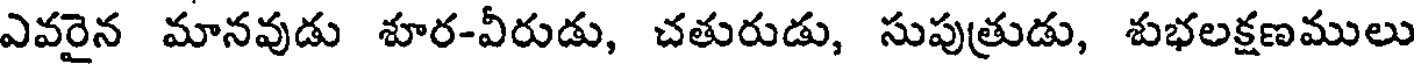
ఎవరైన మానవుడు శూర-వీరుడు, చతురుడు, సుపుత్రుడు, శుభలక్షణములు